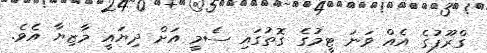
ގްރޫޕުގެ އެއް ވަނަ ޓީމުގެ ގޮތުގައި ސެމީ އަށް ދިޔައީ މާޒިޔާ އެވެ.